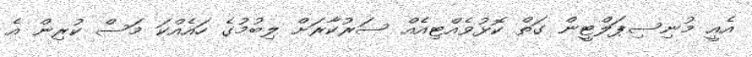
އެއީ މުނިސިޕަލްޓީން ގަތް ކޮޅުވެއްޓިއެއް ސަރުކާރަށް ލިބުމުގެ ހައެއްކަ މަސް ކުރިން އެ